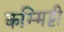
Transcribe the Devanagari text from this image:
कम्मिट्टी